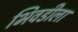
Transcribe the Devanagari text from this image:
भिवडीला